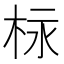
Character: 柡